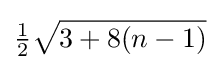
{\tfrac {1}{2}}{\sqrt {3+8(n-1)}}